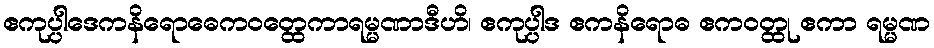
ဧကုပ္ပါဒေကနိရောဓေကဝတ္ထေကာရမ္မဏာဒီဟိ၊ ဧကုပ္ပါဒ ဧကနိရောဓ ဧကဝတ္ထု ဧကာ ရမ္မဏ